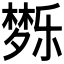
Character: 𰋗